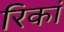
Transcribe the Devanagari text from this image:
रिकां